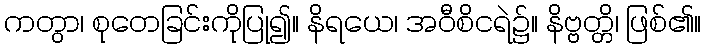
ကတွာ၊ စုတေခြင်းကိုပြု၍။ နိရယေ၊ အဝီစိငရဲ၌။ နိဗ္ဗတ္တိ၊ ဖြစ်၏။